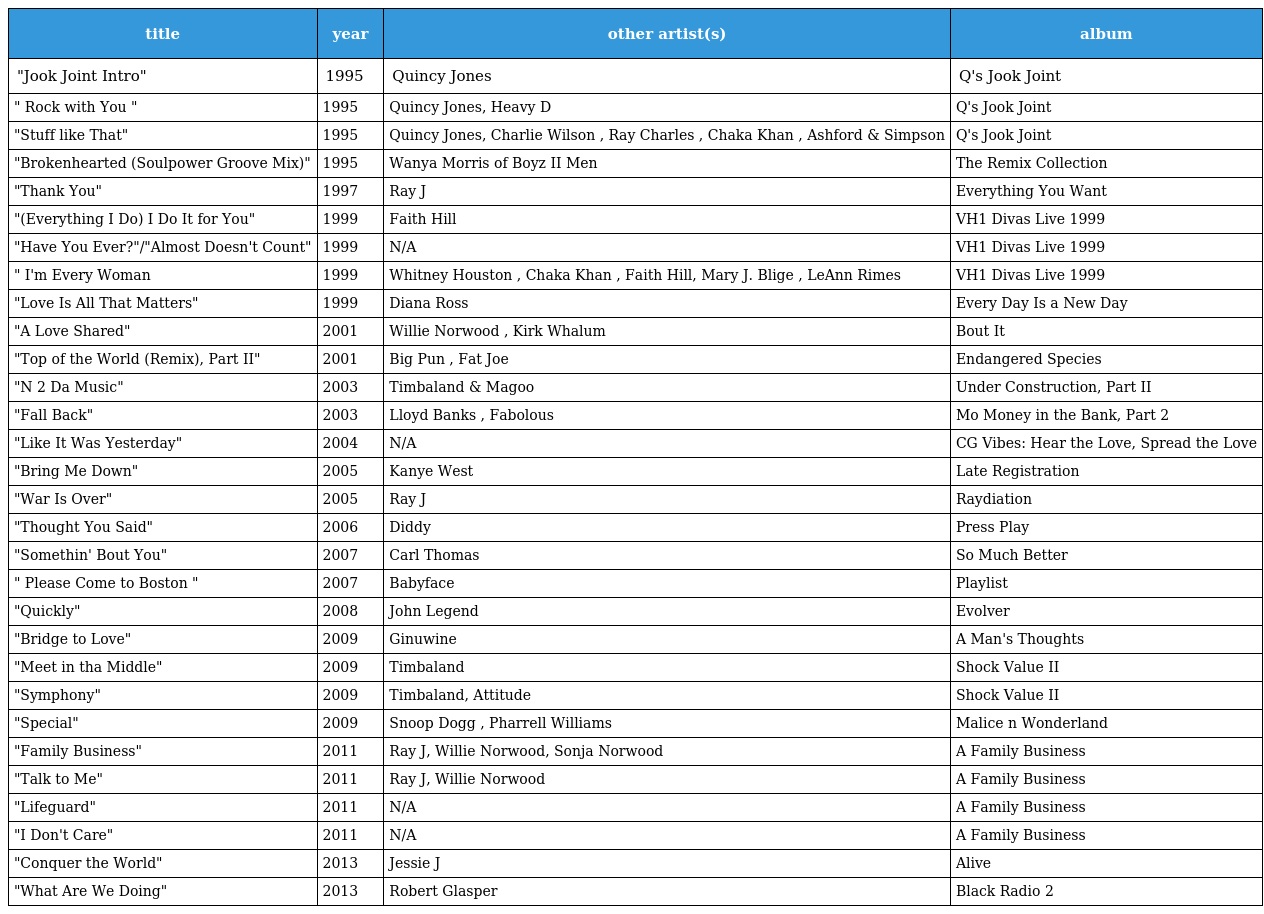
| title | year | other artist(s) | album |
 | --- | --- | --- | --- |
 | "Jook Joint Intro" | 1995 | Quincy Jones | Q's Jook Joint |
 | " Rock with You " | 1995 | Quincy Jones, Heavy D | Q's Jook Joint |
 | "Stuff like That" | 1995 | Quincy Jones, Charlie Wilson , Ray Charles , Chaka Khan , Ashford & Simpson | Q's Jook Joint |
 | "Brokenhearted (Soulpower Groove Mix)" | 1995 | Wanya Morris of Boyz II Men | The Remix Collection |
 | "Thank You" | 1997 | Ray J | Everything You Want |
 | "(Everything I Do) I Do It for You" | 1999 | Faith Hill | VH1 Divas Live 1999 |
 | "Have You Ever?"/"Almost Doesn't Count" | 1999 | N/A | VH1 Divas Live 1999 |
 | " I'm Every Woman | 1999 | Whitney Houston , Chaka Khan , Faith Hill, Mary J. Blige , LeAnn Rimes | VH1 Divas Live 1999 |
 | "Love Is All That Matters" | 1999 | Diana Ross | Every Day Is a New Day |
 | "A Love Shared" | 2001 | Willie Norwood , Kirk Whalum | Bout It |
 | "Top of the World (Remix), Part II" | 2001 | Big Pun , Fat Joe | Endangered Species |
 | "N 2 Da Music" | 2003 | Timbaland & Magoo | Under Construction, Part II |
 | "Fall Back" | 2003 | Lloyd Banks , Fabolous | Mo Money in the Bank, Part 2 |
 | "Like It Was Yesterday" | 2004 | N/A | CG Vibes: Hear the Love, Spread the Love |
 | "Bring Me Down" | 2005 | Kanye West | Late Registration |
 | "War Is Over" | 2005 | Ray J | Raydiation |
 | "Thought You Said" | 2006 | Diddy | Press Play |
 | "Somethin' Bout You" | 2007 | Carl Thomas | So Much Better |
 | " Please Come to Boston " | 2007 | Babyface | Playlist |
 | "Quickly" | 2008 | John Legend | Evolver |
 | "Bridge to Love" | 2009 | Ginuwine | A Man's Thoughts |
 | "Meet in tha Middle" | 2009 | Timbaland | Shock Value II |
 | "Symphony" | 2009 | Timbaland, Attitude | Shock Value II |
 | "Special" | 2009 | Snoop Dogg , Pharrell Williams | Malice n Wonderland |
 | "Family Business" | 2011 | Ray J, Willie Norwood, Sonja Norwood | A Family Business |
 | "Talk to Me" | 2011 | Ray J, Willie Norwood | A Family Business |
 | "Lifeguard" | 2011 | N/A | A Family Business |
 | "I Don't Care" | 2011 | N/A | A Family Business |
 | "Conquer the World" | 2013 | Jessie J | Alive |
 | "What Are We Doing" | 2013 | Robert Glasper | Black Radio 2 |